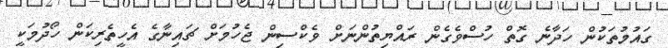
ގައުމުތަކުން ހަދާނެ ގޮތް ހުސްވެގެން ރައްޔިތުންނަށް ވެކްސިން ޖެހުމަށް ޗައިނާގެ އެހީތެރިކަން ހޯދުމަކީ